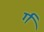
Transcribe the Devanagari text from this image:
र्ग